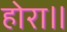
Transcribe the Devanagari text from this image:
होरा॥